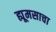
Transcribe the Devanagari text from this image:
ह्यूमसाचा